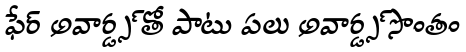
ఫేర్ అవార్డ్స్ తో పాటు పలు అవార్డ్స్ సొంతం